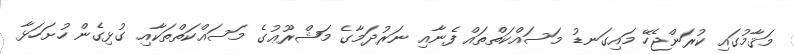
މަޤާމުގައި ކުރަންޖެހޭ މައިގަނޑު މަސައްކަތްތައް ފެނާއި ނަރުދަމާގެ މަޝްރޫޢުގެ މަސައްކަތްތަކާއި ގުޅިގެން ހުށަހަޅާ